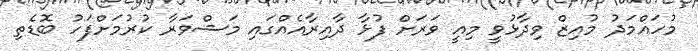
މުހައްމަދު މުއިޒް ވިދާޅުވީ މިއީ ވަރަށް ފުޅާ ދާއިރާއެއްގައި މަޝްވަރާ ކުރުމަށްފަހު ބޮޑެތި